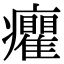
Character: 癯